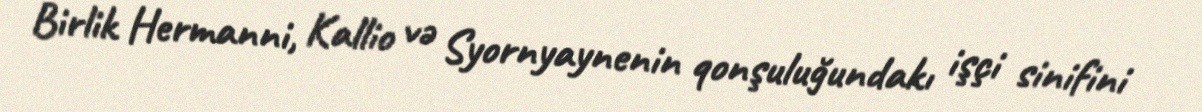
Birlik Hermanni, Kallio və Syornyaynenin qonşuluğundakı işçi sinifini